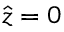
\hat { z } = 0